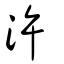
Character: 汻